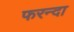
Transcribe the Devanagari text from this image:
फरन्दा